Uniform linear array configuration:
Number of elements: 8
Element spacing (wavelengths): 0.25
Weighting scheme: uniform
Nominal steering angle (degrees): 0
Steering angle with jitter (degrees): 0.7233
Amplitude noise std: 0.05
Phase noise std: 0.05

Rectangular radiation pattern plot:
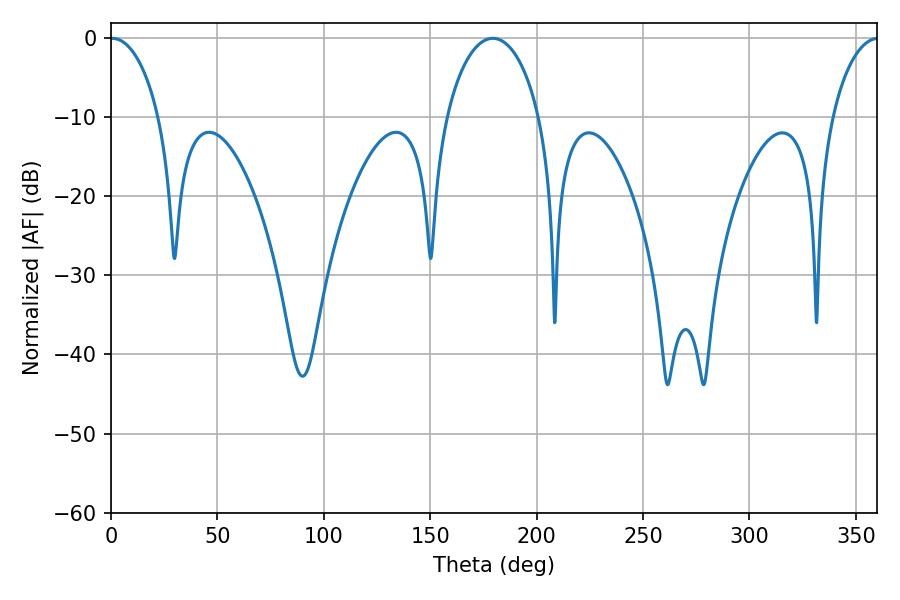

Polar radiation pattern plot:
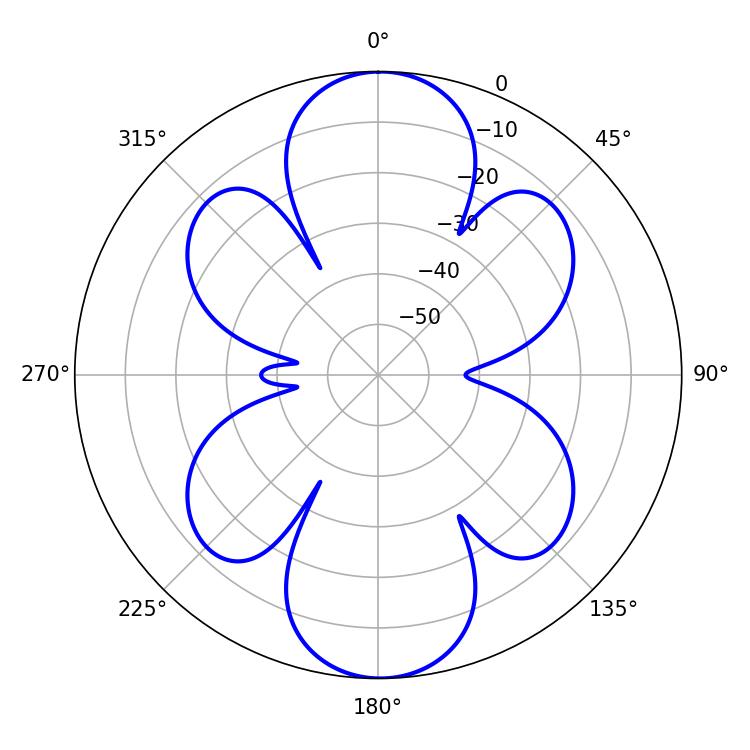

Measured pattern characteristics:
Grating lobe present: FALSE
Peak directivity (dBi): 22.011
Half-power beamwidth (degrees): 13.14
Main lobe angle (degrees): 0.54